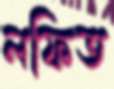
লফিত